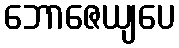
ဘောဇေယျပေ